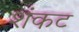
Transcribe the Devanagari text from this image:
शंकट